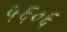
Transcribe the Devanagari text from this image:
५६०६